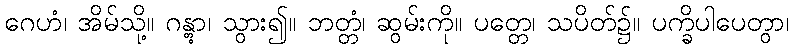
ဂေဟံ၊ အိမ်သို့။ ဂန္တွာ၊ သွား၍။ ဘတ္တံ၊ ဆွမ်းကို။ ပတ္တေ၊ သပိတ်၌။ ပက္ခိပါပေတွာ၊